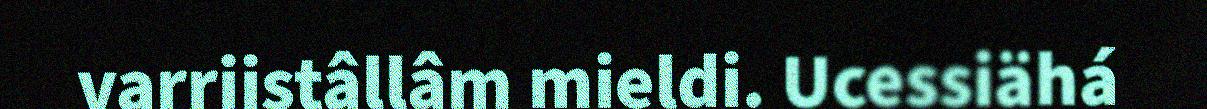
varriistâllâm mieldi. Ucessiähá